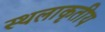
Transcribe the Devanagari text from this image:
स्थलाकृतीय